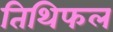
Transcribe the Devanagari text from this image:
तिथिफल